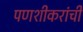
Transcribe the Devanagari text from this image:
पणशीकरांची